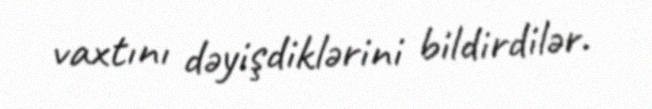
vaxtını dəyişdiklərini bildirdilər.